Report on sanitation, dispensaries, and jails in Rajputana for 1910, and on vaccination for the year 1910-1911 - 1910-1911
Year: 1910
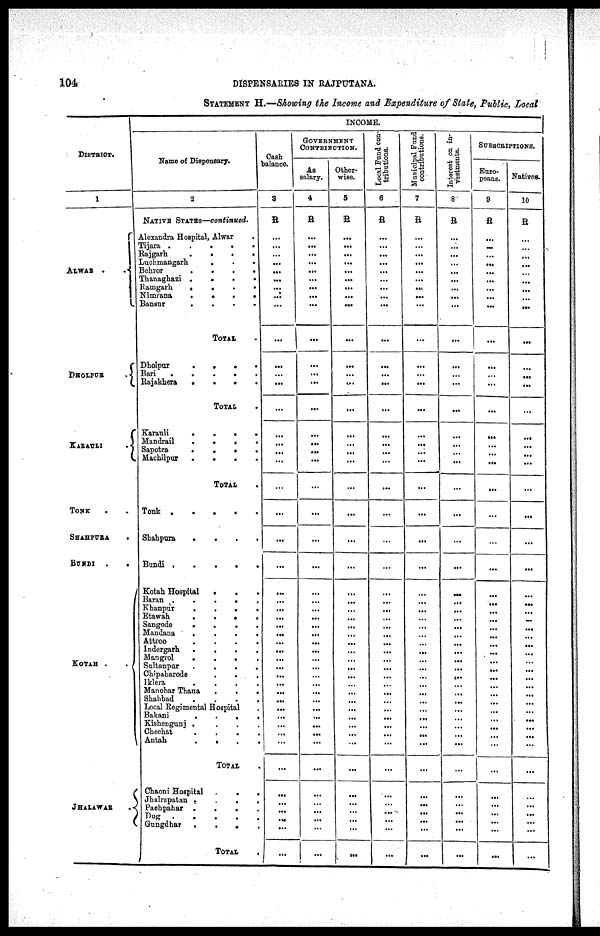
104
DISPENSARIES IN RAJPUTANA.
STATEMENT H.—Showing the Income and Expenditure of State, Public, Local
DISTRICT.
1
ALWAR .
.
DHOLPUR
.
KARAULI
.
TONK . .
SHAHPURA .
BUNDI .
.
KOTAH .
.
JHALAWAR
.
INCOME.
Name of Dispensary.
2
NATIVE STATES—continued.
Alexandra Hospital, Alwar .
Tijara .
.
.
.
.
Rajgarh
.
.
.
.
Luchmangarh.
.
.
.
Behror
.
.
.
.
Thanaghazi .
.
.
.
Ramgarh
.
.
.
.
Nimrana
.
.
.
.
Bansur
. . . .
TOTAL .
Dholpur
.
.
.
.
Bari .
.
.
.
.
Rajakhera
.
.
.
.
TOTAL .
Karauli
.
.
.
.
Mandrail
.
. . .
Sapotra
.
.
.
.
Machilpur .
.
. .
TOTAL .
Tonk .
.
.
.
.
Shahpura
.
.
.
.
Bundi .
.
.
.
.
Kotah Hospital
.
. .
Baran
.
.
. .
Khanpur
.
.
.
.
Etawah
.
.
.
.
Sangode
.
.
.
.
Mandana
.
.
. .
Attroo
. . . .
Indergarh
.
.
.
.
Mangrol
.
.
. .
Sultanpur
.
.
.
.
Chipabarode
.
.
.
Iklera
.
.
.
.
Manobar Thana
.
.
.
Shahbad
. . . .
Local Regimental Hospital .
Bakani
.
.
.
.
Kishengunj . . . .
Chechat
. . . .
Antah
.
.
.
.
TOTAL
.
Chaoni Hospital
.
. .
Jhalrapatan
.
. . .
Pachpahar
. . . .
Dug .
.
.
.
.
Gungdhar .
.
.
.
TOTAL .
Cash
balance.
3
R
...
...
...
...
...
...
...
...
...
...
...
...
...
...
...
...
...
...
...
...
...
...
...
...
...
...
...
...
...
...
...
...
...
...
...
...
...
...
...
...
...
...
...
...
...
...
...
...
GOVERNMENT
CONTRIBUTION.
As
salary.
4
R
...
...
...
...
...
...
...
...
...
...
...
...
...
...
...
...
...
...
...
...
...
...
...
...
...
...
...
...
...
...
...
...
...
...
...
...
...
...
...
...
...
...
...
...
...
...
...
...
Other-
wise.
5
R
...
...
...
...
...
...
...
...
...
...
...
...
...
...
...
...
...
...
...
...
...
...
...
...
...
...
...
...
...
...
...
...
...
...
...
...
...
...
...
...
...
...
...
...
...
...
...
...
Local Fund con-
tributions.
6
R
...
...
...
...
...
...
...
...
...
...
...
...
...
...
...
...
...
...
...
...
...
...
...
...
...
...
...
...
...
...
...
...
...
...
...
...
...
...
...
...
...
...
...
...
...
...
...
...
Municipal Fund
contributions.
7
R
...
...
...
...
...
...
...
...
...
...
...
...
...
...
...
... ...
...
...
...
...
...
...
...
...
...
...
...
...
...
...
...
...
...
...
...
...
...
...
...
...
...
...
...
...
...
...
...
Interest on in-
vestments.
8
R
...
...
...
...
...
...
...
...
...
...
...
...
...
...
...
...
...
...
...
...
...
...
...
...
...
...
...
...
...
...
...
...
...
...
...
...
...
...
...
...
...
...
...
...
...
...
...
...
SUBSCRIPTIONS.
Euro-
peans.
9
R
...
...
...
...
...
...
...
...
...
...
...
...
...
...
...
...
...
...
...
...
...
...
...
...
...
...
...
...
...
...
...
...
...
...
...
...
...
...
...
...
...
...
...
...
...
...
...
...
Natives.
10
R
...
...
...
...
...
...
...
...
...
...
...
...
...
...
...
...
...
...
...
...
...
...
...
...
...
...
...
...
...
...
...
...
...
...
...
...
...
...
...
...
...
...
...
...
...
...
...
...